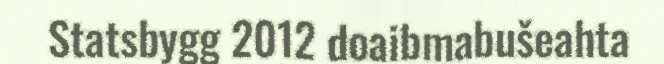
Statsbygg 2012 doaibmabušeahta